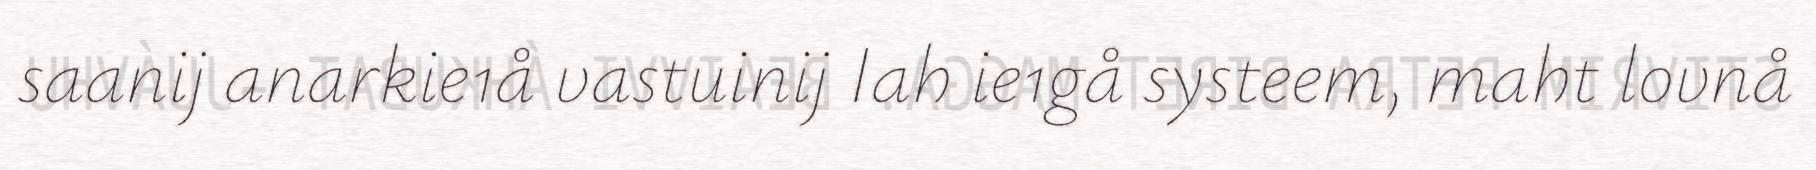
saanij anarkie1å vastuinij Iah ie1gå systeem, maht lovnå